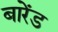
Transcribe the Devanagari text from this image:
बारेंड